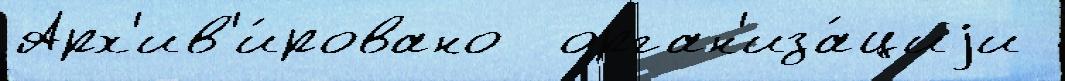
Арх'ив'и́ровано  орган'иза́циjи